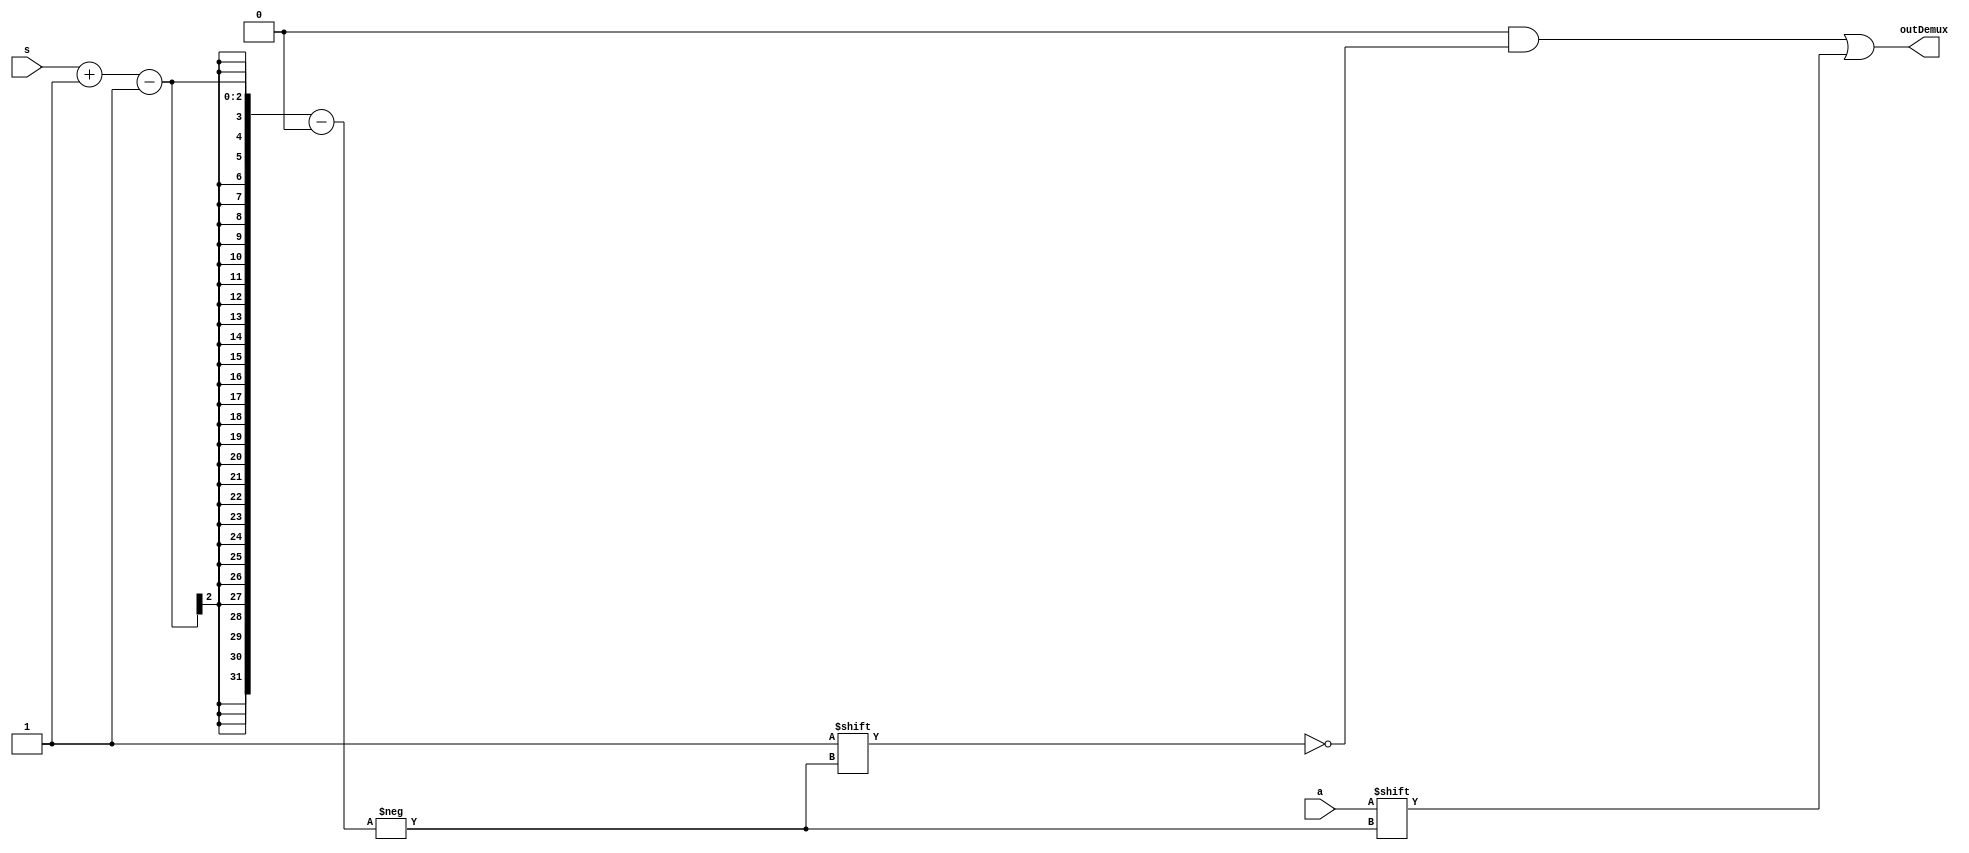
module deMUX1To2n #(parameter n = 2, parameter logn = $clog2(n)) (output reg[n-1:0] outDemux, input a, input[logn-1:0] s);

    // initially set all outputs to 0
    initial begin
        outDemux = 0;
    end

    // all outputs have to be 0, except for the selected output required
    always @(a, s) begin
        // set all to 0, then change the selected output
        outDemux = 0;
        outDemux[s-:1] = a;
    end
endmodule